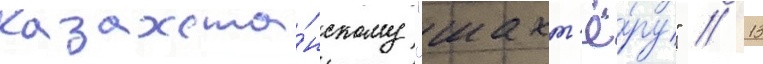
казахста́нскому "шахт'ё́ру" // 13